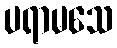
ပရာမသေ